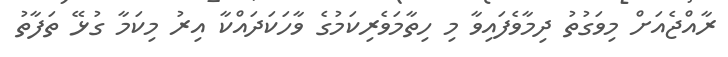
ރާއްޖެއަށް މިވަގުތު ދިމާވެފައިވާ މި ހިތާމަވެރިކަމުގެ ވާހަކަދައްކާ އިރު މިކަމާ ގުޅޭ ތަފާތު